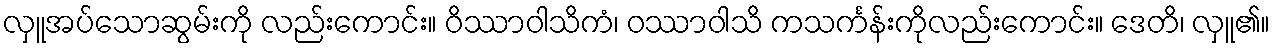
လှူအပ်သောဆွမ်းကို လည်းကောင်း။ ဝိဿာဝါသိကံ၊ ဝဿာဝါသိ ကသင်္ကန်းကိုလည်းကောင်း။ ဒေတိ၊ လှူ၏။